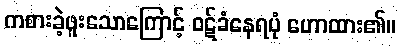
ကစားခဲ့ဖူးသောကြောင့် ဝဋ်ခံနေရပုံ ဟောထား၏။